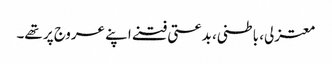
معتزلی، باطنی، بدعتی فتنے اپنے عروج پر تھے۔